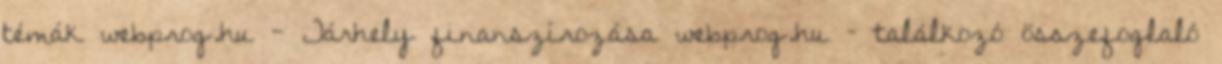
témák webprog.hu - Tárhely finanszírozása webprog.hu – találkozó összefoglaló